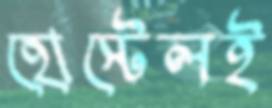
হোস্টেলই